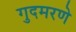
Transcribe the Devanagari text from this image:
गुदमरणे